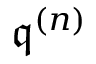
{ \mathfrak { q } } ^ { ( n ) }